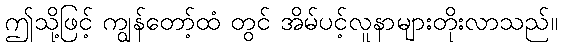
ဤသို့ဖြင့် ကျွန်တော့်ထံ တွင် အိမ်ပင့်လူနာများတိုးလာသည်။